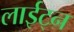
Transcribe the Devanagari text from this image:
लाईट्न